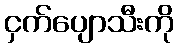
ငှက်ပျောသီးကို